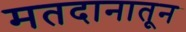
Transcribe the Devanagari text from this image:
मतदानातून